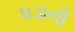
ધડાની